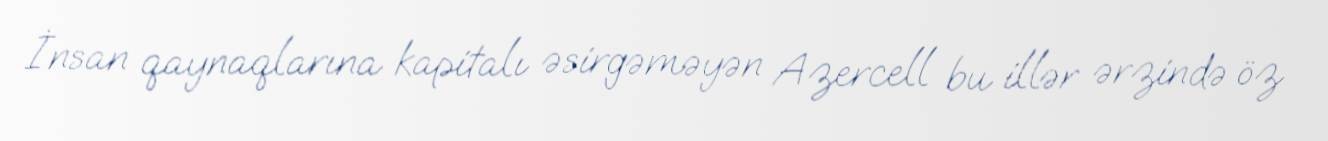
İnsan qaynaqlarına kapitalı əsirgəməyən Azercell bu illər ərzində öz